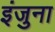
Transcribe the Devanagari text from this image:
इंजुना